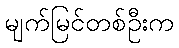
မျက်မြင်တစ်ဦးက